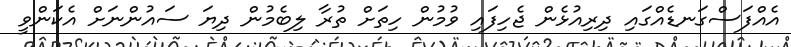
އެއްފަސްގަނޑެއްގައި ދިރިއުޅެން ޖެހިފައި ވުމުން ހިތަށް ތުރާ ލިބެމުން ދިޔަ ސައުންނަށް އެކަންވީ